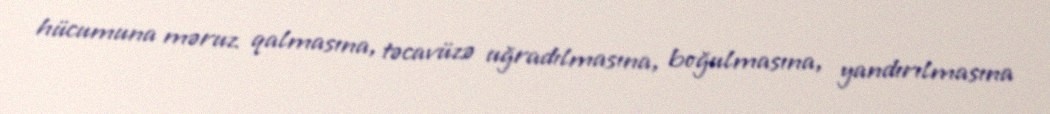
hücumuna məruz qalmasına, təcavüzə uğradılmasına, boğulmasına, yandırılmasına